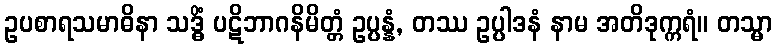
ဥပစာရသမာဓိနာ သဒ္ဓိံ ပဋိဘာဂနိမိတ္တံ ဥပ္ပန္နံ, တဿ ဥပ္ပါဒနံ နာမ အတိဒုက္ကရံ။ တသ္မာ